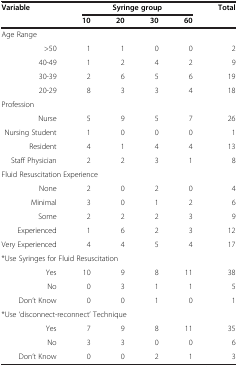
| <ROWSPAN=2> Variable | <COLSPAN=4> Syringe group | <ROWSPAN=2> Total |
 | 10 | 20 | 30 | 60 |
 | --- | --- | --- | --- | --- | --- |
 | Age Range |  |  |  |  |  |
 | >50 | 1 | 1 | 0 | 0 | 2 |
 | 40-49 | 1 | 2 | 4 | 2 | 9 |
 | 30-39 | 2 | 6 | 5 | 6 | 19 |
 | 20-29 | 8 | 3 | 3 | 4 | 18 |
 | Profession |  |  |  |  |  |
 | Nurse | 5 | 9 | 5 | 7 | 26 |
 | Nursing Student | 1 | 0 | 0 | 0 | 1 |
 | Resident | 4 | 1 | 4 | 4 | 13 |
 | Staff Physician | 2 | 2 | 3 | 1 | 8 |
 | <COLSPAN=6> Fluid Resuscitation Experience |
 | None | 2 | 0 | 2 | 0 | 4 |
 | Minimal | 3 | 0 | 1 | 2 | 6 |
 | Some | 2 | 2 | 2 | 3 | 9 |
 | Experienced | 1 | 6 | 2 | 3 | 12 |
 | Very Experienced | 4 | 4 | 5 | 4 | 17 |
 | <COLSPAN=6> *Use Syringes for Fluid Resuscitation |
 | Yes | 10 | 9 | 8 | 11 | 38 |
 | No | 0 | 3 | 1 | 1 | 5 |
 | Don’t Know | 0 | 0 | 1 | 0 | 1 |
 | <COLSPAN=6> *Use ‘disconnect-reconnect’ Technique |
 | Yes | 7 | 9 | 8 | 11 | 35 |
 | No | 3 | 3 | 0 | 0 | 6 |
 | Don’t Know | 0 | 0 | 2 | 1 | 3 |